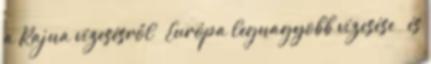
a Rajna vízesésről – Európa legnagyobb vízesése – és